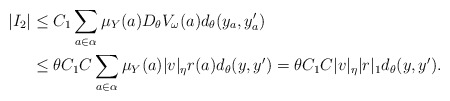
\begin{align*}|I_2| & \le C_1 \sum_{a\in\alpha} \mu_Y(a)D_\theta V_\omega(a) d_\theta(y_a,y_a')\\ & \le \theta C_1C \sum_{a\in\alpha} \mu_Y(a)|v|_\eta r(a) d_\theta(y,y') =\theta C_1C |v|_\eta |r|_1 d_\theta(y,y').\end{align*}